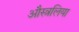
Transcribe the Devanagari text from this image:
औस्त्रलिया